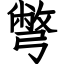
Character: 彆